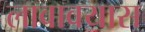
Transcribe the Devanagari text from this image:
लावावयास